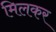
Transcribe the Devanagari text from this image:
मिलकर